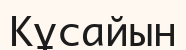
Кұсайын